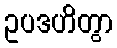
ဥပဒဟိတွာ